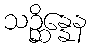
သဉ္ဆိန္နေန